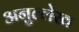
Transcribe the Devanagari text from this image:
अनुल्लेख